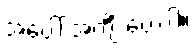
အပေါ် အင်္ကျီ ပေးပါ။